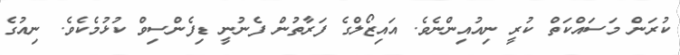
ކުރަން މަސައްކަތް ކުރީ ނިއުއިންނެވެ. އައިޒޯލްގެ ފަރާތުން ފެނުނީ ޑިފެންސިވް ކުޅުމެކެވެ. ނިއުގެ